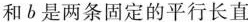
和b是两条固定的平行长直